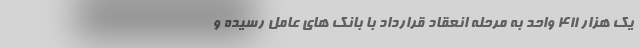
یک هزار ۴۱۱ واحد به مرحله انعقاد قرارداد با بانک های عامل رسیده و